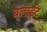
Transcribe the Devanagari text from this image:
ब्लाईट